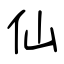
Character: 仙